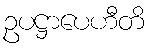
ဥပဋ္ဌာပေဟီတိ